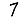
Digit: 7